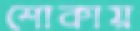
শোকায়